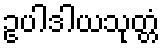
ဥပါဒါယသုတ္တံ